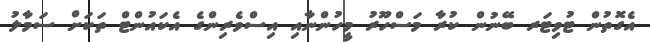
އެގޮތުން ޓުވިޓަރ ބޭނުން ކުރާ މަސްހޫރު މީހުންނާއި އިސްވެރިންގެ އެކައުންޓް ތަކަށް ސަމާލު